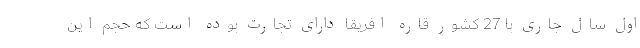
اول سال جاری با 27 کشور قاره افریقا دارای تجارت بوده است که حجم این